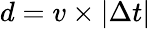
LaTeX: d=v\times\lvert\Delta t\rvert